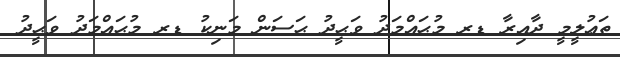
ތަޢުލީމީ ދާއިރާ ޑރ މުޙައްމަދު ވަޙީދު ޙަސަން މަނިކު ޑރ މުޙައްމަދު ވަޙީދު